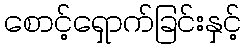
စောင့်ရှောက်ခြင်းနှင့်